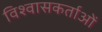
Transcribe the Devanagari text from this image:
विश्वासकर्ताओं